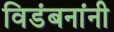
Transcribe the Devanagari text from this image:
विडंबनांनी